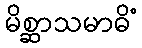
မိစ္ဆာသမာဓိံ